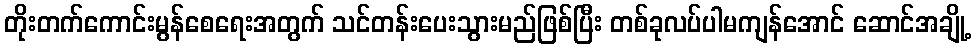
တိုးတက်ကောင်းမွန်စေရေးအတွက် သင်တန်းပေးသွားမည်ဖြစ်ပြီး တစ်ခုလပ်ပါမကျန်အောင် ဆောင်အချို့